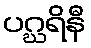
ပဂ္ဃရိနီ